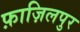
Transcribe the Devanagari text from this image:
फ़ाज़िलपुर